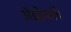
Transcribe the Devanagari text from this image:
अॅझ्टेकांचे